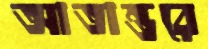
আতান্তরে